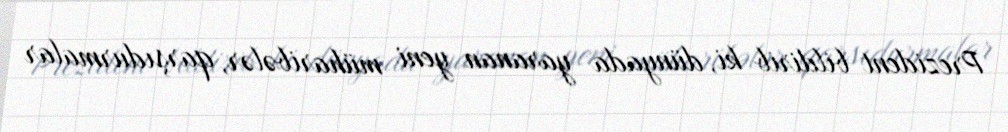
Prezident bildirib ki, dünyada yaranan yeni müharibələr, qarşıdurmalar